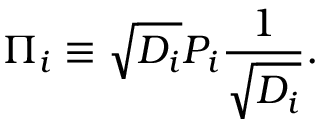
\Pi \sb i \equiv \sqrt { D \sb i } P \sb i { \frac { 1 } { \sqrt { D \sb i } } } .